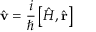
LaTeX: { \hat { \mathbf { v } } } = { \frac { i } { \hbar } } \left[ { \hat { H } } , { \hat { \mathbf { r } } } \right]